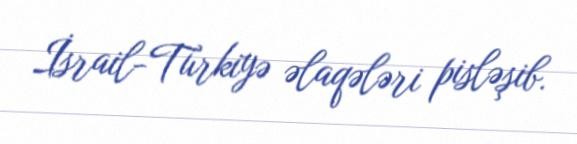
İsrail-Türkiyə əlaqələri pisləşib.